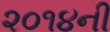
૨૦૧૪ની